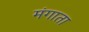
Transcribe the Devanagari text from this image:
मंगाता